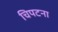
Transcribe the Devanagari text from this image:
चिपटना